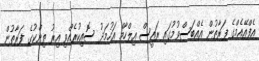
އެފްއޭއެމްގެ ފަރާތުން އެއްބަސްވުމުގައި ރައީސް އިލްހާމް އަހުމަދު ސޮއިކުރެއްވި އިރު ތިންކުގެ ފަރާތުން